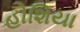
હોશિયા